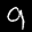
Label: 9